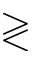
\gtrless